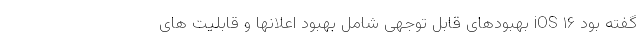
گفته بود iOS ۱۶ بهبودهای قابل توجهی شامل بهبود اعلانها و قابلیت های